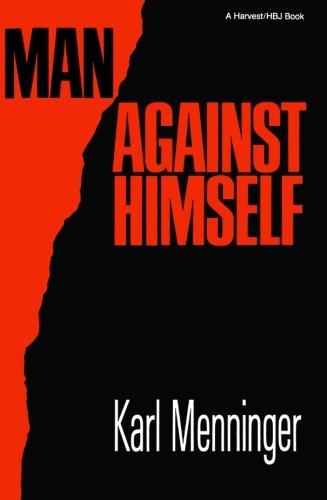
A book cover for Man Against Himself; Karl Menninger; Self-Help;